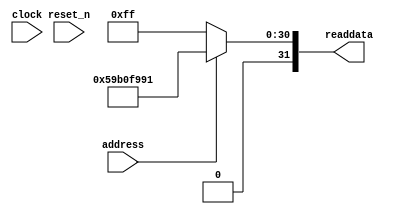
module soc_design_SystemID_14 (
                address,
                clock,
                reset_n,
                readdata
             )
;
  output  [ 31: 0] readdata;
  input            address;
  input            clock;
  input            reset_n;
  wire    [ 31: 0] readdata;
  assign readdata = address ? 1504770449 : 255;
endmodule